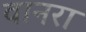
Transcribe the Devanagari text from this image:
वानरा